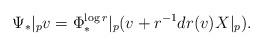
LaTeX: \begin{align*}\Psi_*|_pv = \Phi^{\log r}_*|_p (v +r^{-1} dr(v) X|_p).\end{align*}